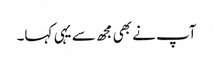
آپ نے بھی مجھ سے یہی کہا۔